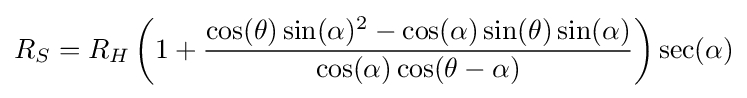
R_{S}=R_{H}\left(1+{\frac {\cos(\theta )\sin(\alpha )^{2}-\cos(\alpha )\sin(\theta )\sin(\alpha )}{\cos(\alpha )\cos(\theta -\alpha )}}\right)\sec(\alpha )